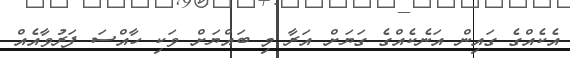
އެކެއްގެ ގައިން އަނެކެއްގެ ގަޔަށް އަރާ މި ބައްޔަށް ވަކި ހާއްސަ ފަރުވާއެއް